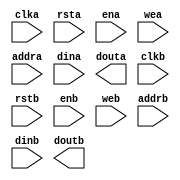
module memory(
	clka,
	rsta,
	ena,
	wea,
	addra,
	dina,
	douta,
	clkb,
	rstb,
	enb,
	web,
	addrb,
	dinb,
	doutb);


input clka;
input rsta;
input ena;
input [0 : 0] wea;
input [13 : 0] addra;
input [63 : 0] dina;
output [63 : 0] douta;
input clkb;
input rstb;
input enb;
input [0 : 0] web;
input [13 : 0] addrb;
input [63 : 0] dinb;
output [63 : 0] doutb;

// synthesis translate_off

      BLK_MEM_GEN_V4_2 #(
		.C_ADDRA_WIDTH(14),
		.C_ADDRB_WIDTH(14),
		.C_ALGORITHM(1),
		.C_BYTE_SIZE(9),
		.C_COMMON_CLK(0),
		.C_DEFAULT_DATA("0"),
		.C_DISABLE_WARN_BHV_COLL(0),
		.C_DISABLE_WARN_BHV_RANGE(0),
		.C_FAMILY("virtex5"),
		.C_HAS_ENA(1),
		.C_HAS_ENB(1),
		.C_HAS_INJECTERR(0),
		.C_HAS_MEM_OUTPUT_REGS_A(0),
		.C_HAS_MEM_OUTPUT_REGS_B(0),
		.C_HAS_MUX_OUTPUT_REGS_A(0),
		.C_HAS_MUX_OUTPUT_REGS_B(0),
		.C_HAS_REGCEA(0),
		.C_HAS_REGCEB(0),
		.C_HAS_RSTA(1),
		.C_HAS_RSTB(1),
		.C_HAS_SOFTECC_INPUT_REGS_A(0),
		.C_HAS_SOFTECC_OUTPUT_REGS_B(0),
		.C_INITA_VAL("0"),
		.C_INITB_VAL("0"),
		.C_INIT_FILE_NAME("memory.mif"),
		.C_LOAD_INIT_FILE(1),
		.C_MEM_TYPE(2),
		.C_MUX_PIPELINE_STAGES(0),
		.C_PRIM_TYPE(1),
		.C_READ_DEPTH_A(16384),
		.C_READ_DEPTH_B(16384),
		.C_READ_WIDTH_A(64),
		.C_READ_WIDTH_B(64),
		.C_RSTRAM_A(0),
		.C_RSTRAM_B(0),
		.C_RST_PRIORITY_A("CE"),
		.C_RST_PRIORITY_B("CE"),
		.C_RST_TYPE("SYNC"),
		.C_SIM_COLLISION_CHECK("ALL"),
		.C_USE_BYTE_WEA(0),
		.C_USE_BYTE_WEB(0),
		.C_USE_DEFAULT_DATA(0),
		.C_USE_ECC(0),
		.C_USE_SOFTECC(0),
		.C_WEA_WIDTH(1),
		.C_WEB_WIDTH(1),
		.C_WRITE_DEPTH_A(16384),
		.C_WRITE_DEPTH_B(16384),
		.C_WRITE_MODE_A("WRITE_FIRST"),
		.C_WRITE_MODE_B("WRITE_FIRST"),
		.C_WRITE_WIDTH_A(64),
		.C_WRITE_WIDTH_B(64),
		.C_XDEVICEFAMILY("virtex5"))
	inst (
		.CLKA(clka),
		.RSTA(rsta),
		.ENA(ena),
		.WEA(wea),
		.ADDRA(addra),
		.DINA(dina),
		.DOUTA(douta),
		.CLKB(clkb),
		.RSTB(rstb),
		.ENB(enb),
		.WEB(web),
		.ADDRB(addrb),
		.DINB(dinb),
		.DOUTB(doutb),
		.REGCEA(),
		.REGCEB(),
		.INJECTSBITERR(),
		.INJECTDBITERR(),
		.SBITERR(),
		.DBITERR(),
		.RDADDRECC());


// synthesis translate_on

// XST black box declaration
// box_type "black_box"
// synthesis attribute box_type of memory is "black_box"

endmodule